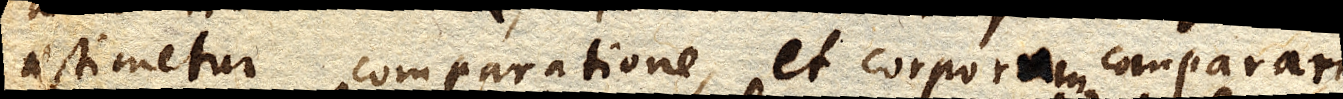
aestimetur comparatione, et corporum comparari